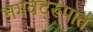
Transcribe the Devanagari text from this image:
भगवद्‌रूपात